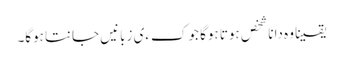
یقینا وہ دانا شخص ہوتا ہوگا جو کءی زبانیں جانتا ہوگا۔